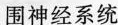
围神经系统